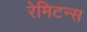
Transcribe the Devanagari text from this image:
रेमिटन्स